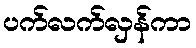
ပက်လက်လှန်ကာ